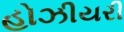
હોઝીયરી